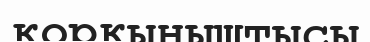
қорқыныштысы